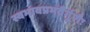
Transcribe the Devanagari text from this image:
स्वभावप्रभवैर्गुणैः